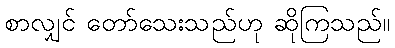
စာလျှင် တော်သေးသည်ဟု ဆိုကြသည်။